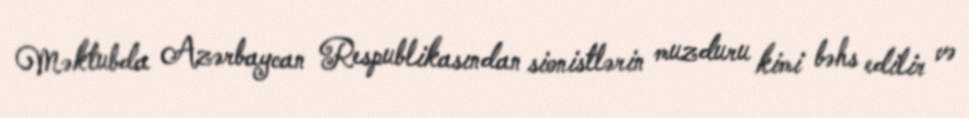
Məktubda Azərbaycan Respublikasından sionistlərin muzduru kimi bəhs edilir və